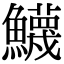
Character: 鱴